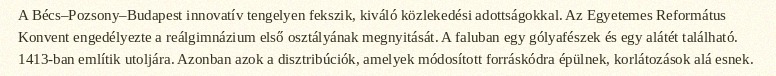
A Bécs–Pozsony–Budapest innovatív tengelyen fekszik, kiváló közlekedési adottságokkal. Az Egyetemes Református Konvent engedélyezte a reálgimnázium első osztályának megnyitását. A faluban egy gólyafészek és egy alátét található. 1413-ban említik utoljára. Azonban azok a disztribúciók, amelyek módosított forráskódra épülnek, korlátozások alá esnek.